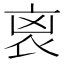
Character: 𧘮